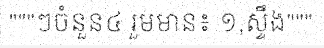
"""ៗចំនួន៤ រួមមាន៖ ១,ស្ទឹង"""